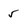
Character: 5